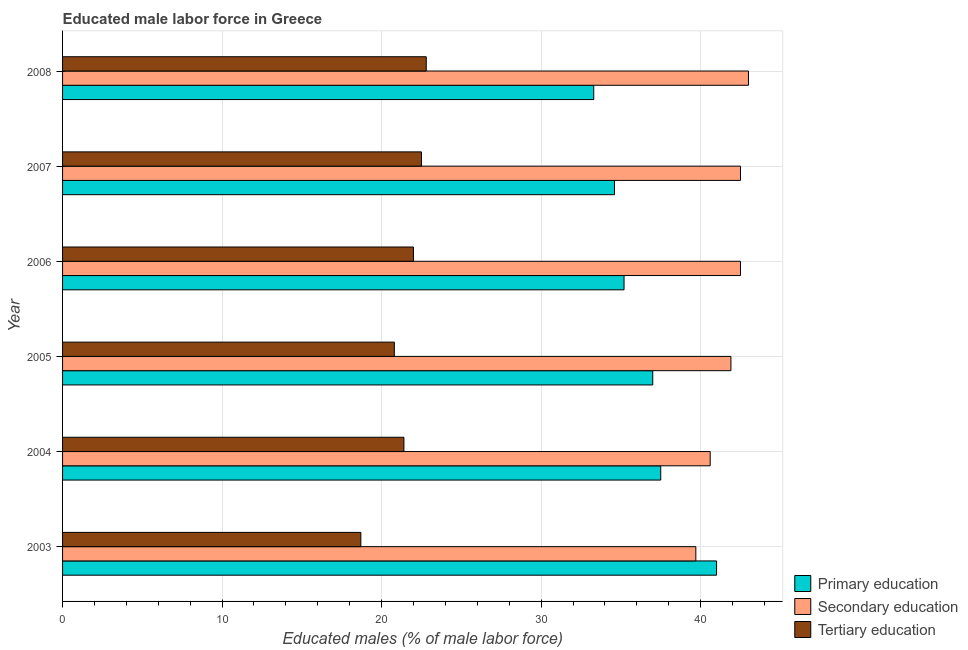
| Year | Primary education | Secondary education | Tertiary education |
 | --- | --- | --- | --- |
 | 2003 | 41 | 39.7 | 18.7 |
 | 2004 | 37.5 | 40.6 | 21.4 |
 | 2005 | 37 | 41.9 | 20.8 |
 | 2006 | 35.2 | 42.5 | 22 |
 | 2007 | 34.6 | 42.5 | 22.5 |
 | 2008 | 33.3 | 43 | 22.8 |